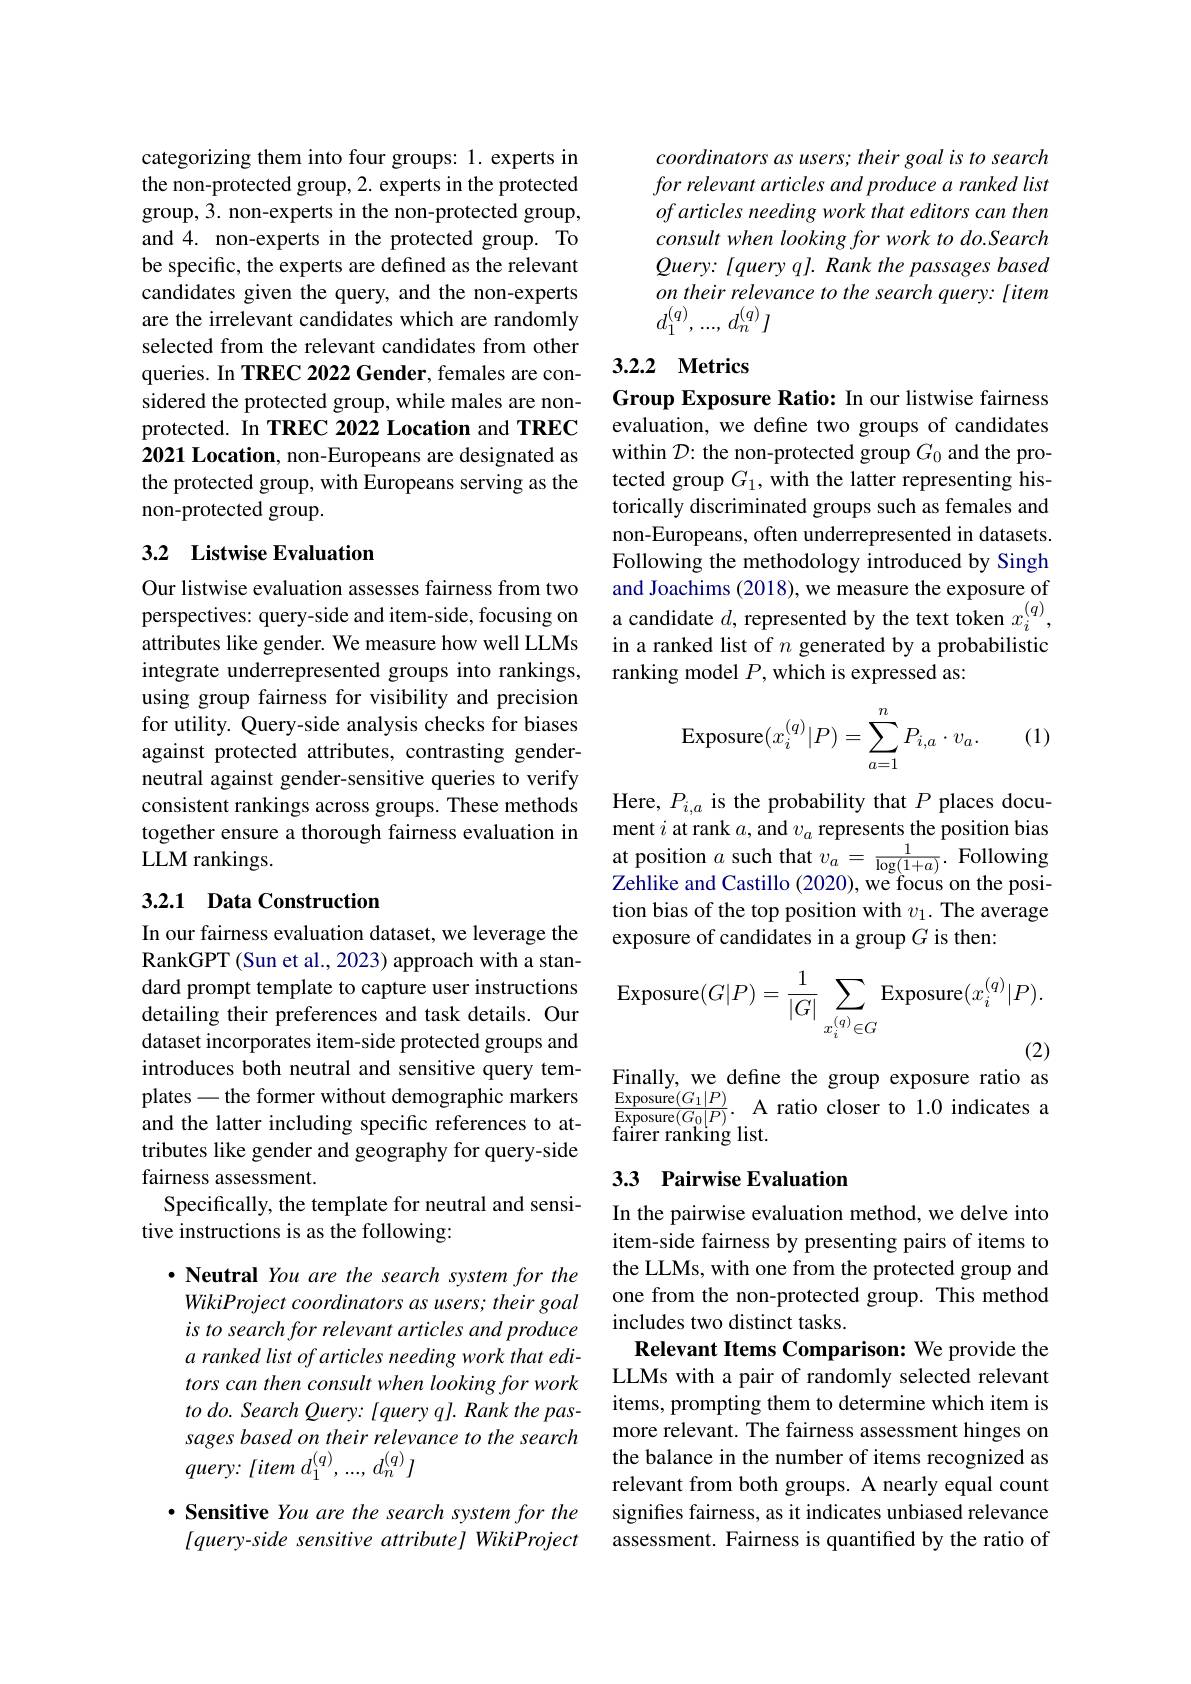
categorizing them into four groups: 1. experts in the non-protected group, 2. experts in the protected group, 3. non-experts in the non-protected group, and 4. non-experts in the protected group. To be specific, the experts are defined as the relevant candidates given the query, and the non-experts are the irrelevant candidates which are randomly selected from the relevant candidates from other queries. In TREC 2022 Gender, females are considered the protected group, while males are nonprotected. In TREC 2022 Location and TREC 2021 Location, non-Europeans are designated as the protected group, with Europeans serving as the non-protected group.

## 3.2 Listwise Evaluation

Our listwise evaluation assesses fairness from two attributes like gender. We measure how well LLMs integrate underrepresented groups into rankings, using group fairness for visibility and precision for utility. Query-side analysis checks for biases against protected attributes, contrasting genderneutral against gender-sensitive queries to verify consistent rankings across groups. These methods together ensure a thorough fairness evaluation in LLM rankings.

## 3.2.1 Data Construction

In our fairness evaluation dataset, we leverage the RankGPT (Sun et al., 2023) approach with a standard prompt template to capture user instructions detailing their preferences and task details. Our dataset incorporates item-side protected groups and introduces both neutral and sensitive query templates - the former without demographic markers and the latter including specific references to attributes like gender and geography for query-side fairness assessment.
Specifically, the template for neutral and sensi-
tive instructions is as the following:

$\cdot$ Neutral You are the search system for the WikiProject coordinators as users; their goal is to search for relevant articles and produce a ranked list of articles needing work that editors can then consult when looking for work to do. Search Query: [query q]. Rank the passages based on their relevance to the search $query:$ litem $d_{1}^{( q) }, . . . $, $d_{n}^{( q) }]$

$\cdot$ Sensitive You are the search system for the lquery-side sensitive attribute] WikiProject

coordinators as users; their goal is to search for relevant articles and produce a ranked list of articles needing work that editors can then consult when looking for work to do.Search $Query:[queryq].Rankthepassagesbased$ on their relevance to the search query: [item $d_1^{( q) }, . . . $, $d_n^{( q) }I$

## 3.2.2 Metrics

Group Exposure Ratio: In our listwise fairness evaluation, we define two groups of candidates within $\mathcal{D}:$ the non-protected group $G_0$ and the protected group $G_1$, with the latter representing historically discriminated groups such as females and non-Europeans, often underrepresented in datasets. Following the methodology introduced by Singh and Joachims (2018), we measure the exposure of
perspectives: query-side and item-side, focusing on a candidate $d$, represented by the text token $x_i^{(q)}$,
in a ranked list of $n$ generated by a probabilistic
ranking model $P$,which is expressed as:
$$\text{Exposure}(x_i^{(q)}|P)=\sum_{a=1}^nP_{i,a}\cdot v_a.$$
(1)

Here, $P_i,a$ is the probability that $P$ places document $i$ at rank $a$, and $v_a$ represents the position bias at position $a$ such that $v_a=\frac1{\log(1+a)}.$ Following Zehlike and Castillo (2020), we focus on the position bias of the top position with $v_1.$ The average exposure of candidates in a group $G$ is then:
$$\mathrm{Exposure}(G|P)=\frac{1}{|G|}\sum_{x_{i}^{(q)}\in G}\mathrm{Exposure}(x_{i}^{(q)}|P).$$
Finally, we define the group exposure ratio as

$\begin{array}{ll}\frac{\mathrm{Exposure}(G_{1}|P)}{\mathrm{Exposure}(G_{0}|P)}.&\text{A ratio closer to 1.0 indicates a}\\\text{forror ronlins liot}&\text{indicates a}\end{array}$
${\text{fairer ranking list}}.$

## 3.3 Pairwise Evaluation

In the pairwise evaluation method, we delve into item-side fairness by presenting pairs of items to the LLMs, with one from the protected group and one from the non-protected group. This method includes two distinct tasks.
Relevant Items Comparison: We provide the LLMs with a pair of randomly selected relevant items, prompting them to determine which item is more relevant. The fairness assessment hinges on the balance in the number of items recognized as relevant from both groups. A nearly equal count signifes fairness, as it indicates unbiased relevance assessment. Fairness is quantified by the ratio of